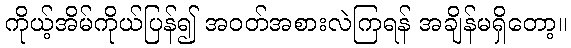
ကိုယ့်အိမ်ကိုယ်ပြန်၍ အဝတ်အစားလဲကြရန် အချိန်မရှိတော့။